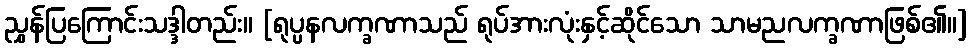
ညွှန်ပြကြောင်းသဒ္ဒါတည်း။ [ရုပ္ပနလက္ခဏာသည် ရုပ်အားလုံးနှင့်ဆိုင်သော သာမညလက္ခဏာဖြစ်၏။]